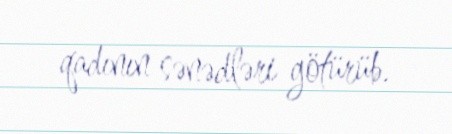
qadının sənədləri götürüb.